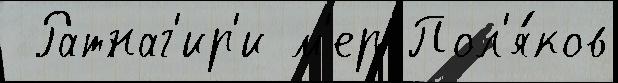
 Ратнаг'ир'и м'ер Пол'я́ков